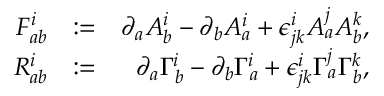
\begin{array} { r l r } { F _ { a b } ^ { i } } & { : = } & { \partial _ { a } A _ { b } ^ { i } - \partial _ { b } A _ { a } ^ { i } + \epsilon ^ { i } _ { j k } A _ { a } ^ { j } A _ { b } ^ { k } , } \\ { R _ { a b } ^ { i } } & { : = } & { \partial _ { a } \Gamma _ { b } ^ { i } - \partial _ { b } \Gamma _ { a } ^ { i } + \epsilon ^ { i } _ { j k } \Gamma _ { a } ^ { j } \Gamma _ { b } ^ { k } , } \end{array}